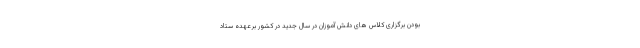
بودن برگزاری کلاس های دانش آموزان در سال جدید در کشور برعهده ستاد